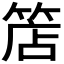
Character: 𥯎